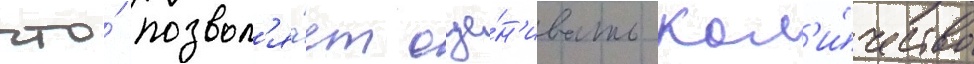
что́ позвол'я́ет оце́н'ивать кол'и́чество